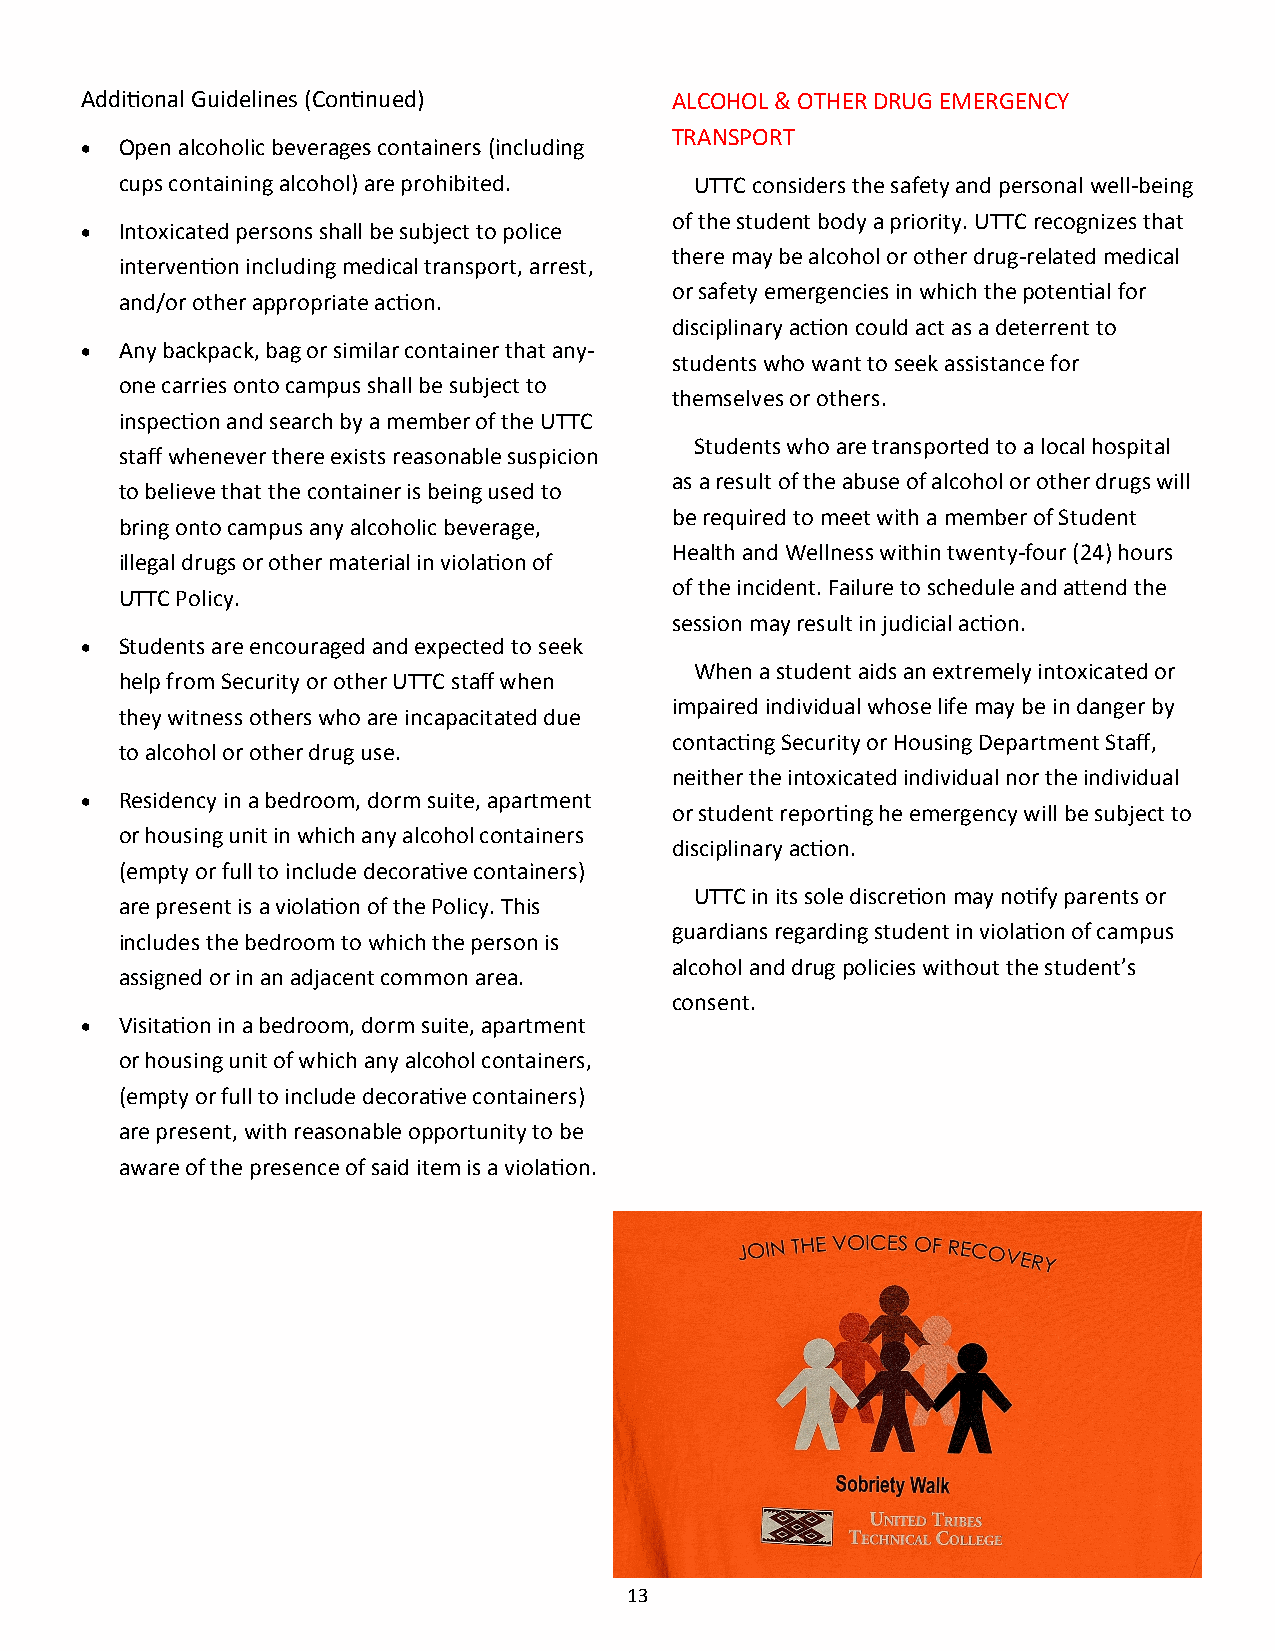
Additional Guidelines (Continued)      ALCOHOL & OTHER DRUG EMERGENCY
 TRANSPORT
   Open alcoholic beverages containers (including
 cups containing alcohol) are prohibited. UTTC considers the safety and personal well-being
 of the student body a priority. UTTC recognizes that
   Intoxicated persons shall be subject to police
 there may be alcohol or other drug-related medical
 intervention including medical transport, arrest,
 or safety emergencies in which the potential for
 and/or other appropriate action.
 disciplinary action could act as a deterrent to
   Any backpack, bag or similar container that any-
 students who want to seek assistance for
 one carries onto campus shall be subject to
 themselves or others.
 inspection and search by a member of the UTTC
 Students who are transported to a local hospital
 staff whenever there exists reasonable suspicion
 as a result of the abuse of alcohol or other drugs will
 to believe that the container is being used to
 be required to meet with a member of Student
 bring onto campus any alcoholic beverage,
 Health and Wellness within twenty-four (24) hours
 illegal drugs or other material in violation of
 of the incident. Failure to schedule and attend the
 UTTC Policy.
 session may result in judicial action.
   Students are encouraged and expected to seek
 When a student aids an extremely intoxicated or
 help from Security or other UTTC staff when
 impaired individual whose life may be in danger by
 they witness others who are incapacitated due
 contacting Security or Housing Department Staff,
 to alcohol or other drug use.
 neither the intoxicated individual nor the individual
   Residency in a bedroom, dorm suite, apartment
 or student reporting he emergency will be subject to
 or housing unit in which any alcohol containers
 disciplinary action.
 (empty or full to include decorative containers)
 UTTC in its sole discretion may notify parents or
 are present is a violation of the Policy. This
 guardians regarding student in violation of campus
 includes the bedroom to which the person is
 alcohol and drug policies without the student’s
 assigned or in an adjacent common area.
 consent.
   Visitation in a bedroom, dorm suite, apartment
 or housing unit of which any alcohol containers,
 (empty or full to include decorative containers)
 are present, with reasonable opportunity to be
 aware of the presence of said item is a violation.
 13